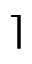
\rceil